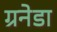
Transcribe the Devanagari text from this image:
ग्रनेडा